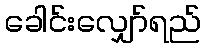
ခေါင်းလျှော်ရည်